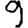
Digit: 9